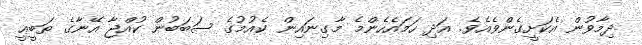
ދިމާވުން އެކަށީގެންވެއެވެ. އަދި ހަމައެހެންމެ މާގިނައިން ކެއުމުގެ ސަބަބުން ކުއްޖާ އޭނާގެ ޠަބީޢީ